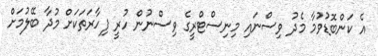
އެ ކަންބޮޑުވުމާ މެދު ވިސްނައި މިނިސްޓްރީގެ ވިސްނުން ހުރީ ފިހާރަތަކަށް މުދާ ބޭލުމަށް